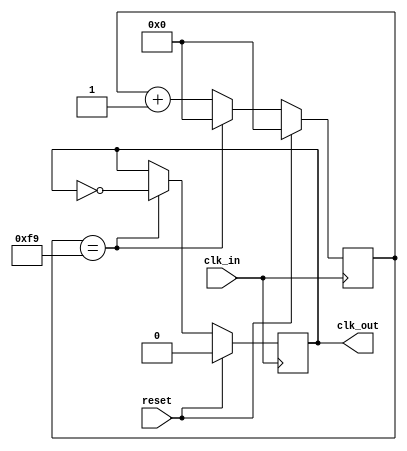
module clk_divider(
    input wire reset,
    input wire clk_in,
    output reg clk_out
    );

	// ref clock = 50MHz
	//i2c_clk = 100kHz
	//divider = 500
	
	parameter DIVIDER = 500;
	
	reg [15:0] count = 0;
	
	
	always @(posedge clk_in) begin
	
		if (reset == 1) begin
			clk_out = 0;
			count = 0;
		end	//if reset
		else begin
			if (count == ((DIVIDER/2)-1)) begin
			//if (count >= 244) begin
				clk_out = ~clk_out;
				count = 0;
			end else begin
				count = count + 1'b1;
			end //if count >= 244
		end  // if reset (else)
	end  //always
	
endmodule